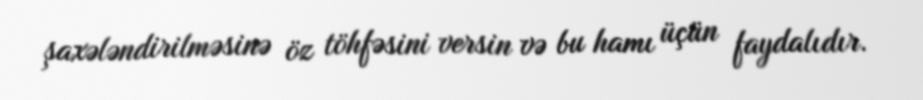
şaxələndirilməsinə öz töhfəsini versin və bu hamı üçün faydalıdır.